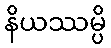
နိယဿမ္ပိ